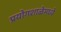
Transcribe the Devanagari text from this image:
प्रयोगशाळेमध्ये